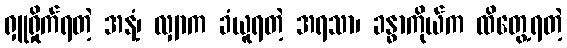
ရှူရှိုက်ရတဲ့ အနံ့၊ လျှာက ခံယူရတဲ့ အရသာ၊ ခန္ဓာကိုယ်က ထိတွေ့ရတဲ့